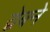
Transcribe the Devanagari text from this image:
द्वेबने